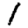
Digit: 1